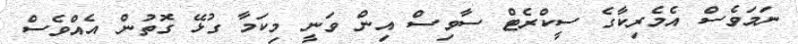
ނަމަވެސް އެމެރިކާގެ ސީކްރެޓް ސާވިސް އިން ވަނީ މިކަމާ ގުޅޭ ގޮތުން އެއްވެސް